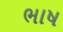
ભાષ